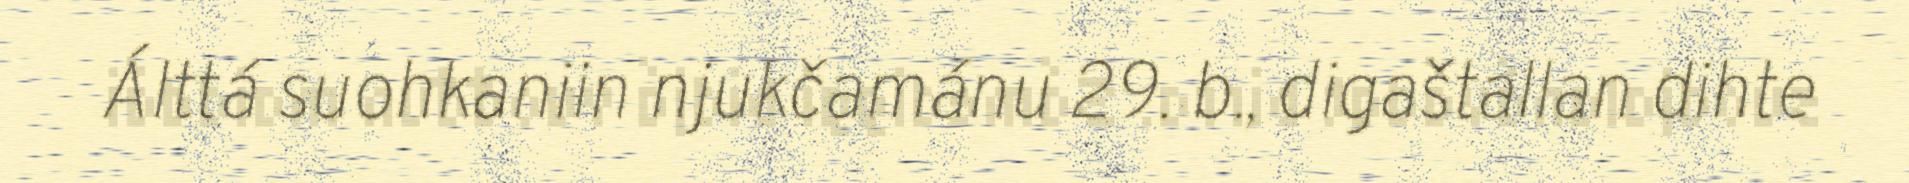
Álttá suohkaniin njukčamánu 29. b., digaštallan dihte